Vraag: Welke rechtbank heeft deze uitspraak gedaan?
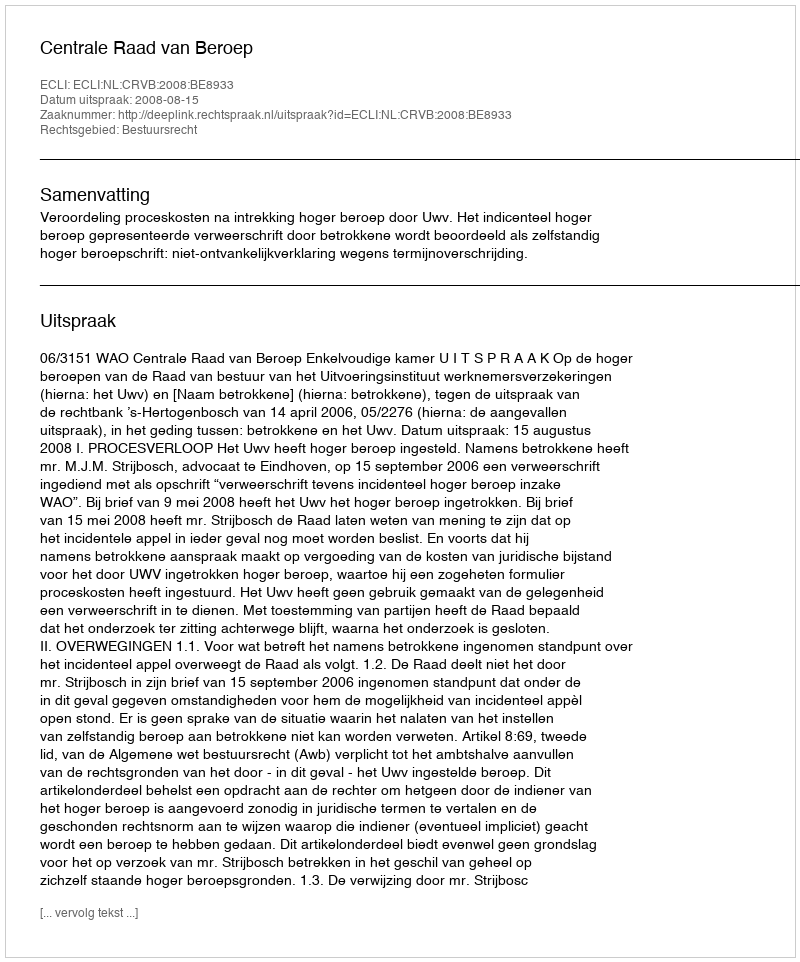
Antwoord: Centrale Raad van Beroep